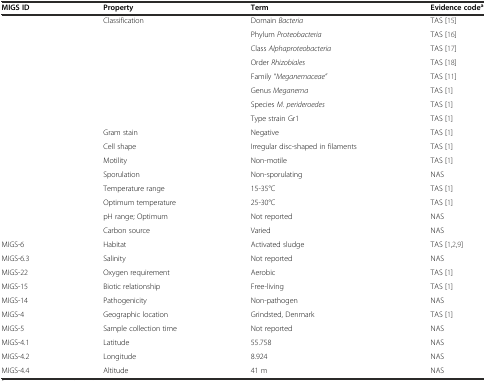
<table><thead><tr><td><b>MIGS ID</b></td><td><b>Property</b></td><td><b>Term</b></td><td><b>Evidence code<sup>a</sup></b></td></tr></thead><tbody><tr><td></td><td>Classification</td><td>Domain <i>Bacteria</i></td><td>TAS [15]</td></tr><tr><td></td><td></td><td>Phylum <i>Proteobacteria</i></td><td>TAS [16]</td></tr><tr><td></td><td></td><td>Class <i>Alphaproteobacteria</i></td><td>TAS [17]</td></tr><tr><td></td><td></td><td>Order <i>Rhizobiales</i></td><td>TAS [18]</td></tr><tr><td></td><td></td><td>Family “<i>Meganemaceae”</i></td><td>TAS [11]</td></tr><tr><td></td><td></td><td>Genus <i>Meganema</i></td><td>TAS [1]</td></tr><tr><td></td><td></td><td>Species <i>M. perideroedes</i></td><td>TAS [1]</td></tr><tr><td></td><td></td><td>Type strain Gr1</td><td>TAS [1]</td></tr><tr><td></td><td>Gram stain</td><td>Negative</td><td>TAS [1]</td></tr><tr><td></td><td>Cell shape</td><td>Irregular disc-shaped in filaments</td><td>TAS [1]</td></tr><tr><td></td><td>Motility</td><td>Non-motile</td><td>TAS [1]</td></tr><tr><td></td><td>Sporulation</td><td>Non-sporulating</td><td>NAS</td></tr><tr><td></td><td>Temperature range</td><td>15-35°C</td><td>TAS [1]</td></tr><tr><td></td><td>Optimum temperature</td><td>25-30°C</td><td>TAS [1]</td></tr><tr><td></td><td>pH range; Optimum</td><td>Not reported</td><td>NAS</td></tr><tr><td></td><td>Carbon source</td><td>Varied</td><td>NAS</td></tr><tr><td>MIGS-6</td><td>Habitat</td><td>Activated sludge</td><td>TAS [1,2,9]</td></tr><tr><td>MIGS-6.3</td><td>Salinity</td><td>Not reported</td><td>NAS</td></tr><tr><td>MIGS-22</td><td>Oxygen requirement</td><td>Aerobic</td><td>TAS [1]</td></tr><tr><td>MIGS-15</td><td>Biotic relationship</td><td>Free-living</td><td>TAS [1]</td></tr><tr><td>MIGS-14</td><td>Pathogenicity</td><td>Non-pathogen</td><td>NAS</td></tr><tr><td>MIGS-4</td><td>Geographic location</td><td>Grindsted, Denmark</td><td>TAS [1]</td></tr><tr><td>MIGS-5</td><td>Sample collection time</td><td>Not reported</td><td>NAS</td></tr><tr><td>MIGS-4.1</td><td>Latitude</td><td>55.758</td><td>NAS</td></tr><tr><td>MIGS-4.2</td><td>Longitude</td><td>8.924</td><td>NAS</td></tr><tr><td>MIGS-4.4</td><td>Altitude</td><td>41 m</td><td>NAS</td></tr></tbody></table>